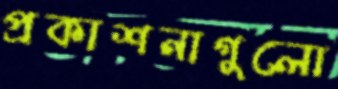
প্রকাশনাগুলো